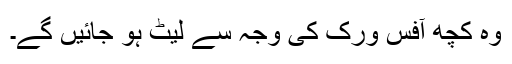
وہ کچھ آفس ورک کی وجہ سے لیٹ ہو جائیں گے۔